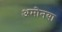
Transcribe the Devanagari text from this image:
अमोनया